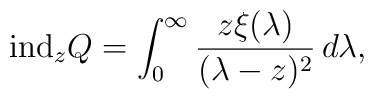
\mbox{ind}_z Q=\int_0^\infty \frac{z\xi(\lambda)}{(\lambda-z)^2}\,d\lambda,